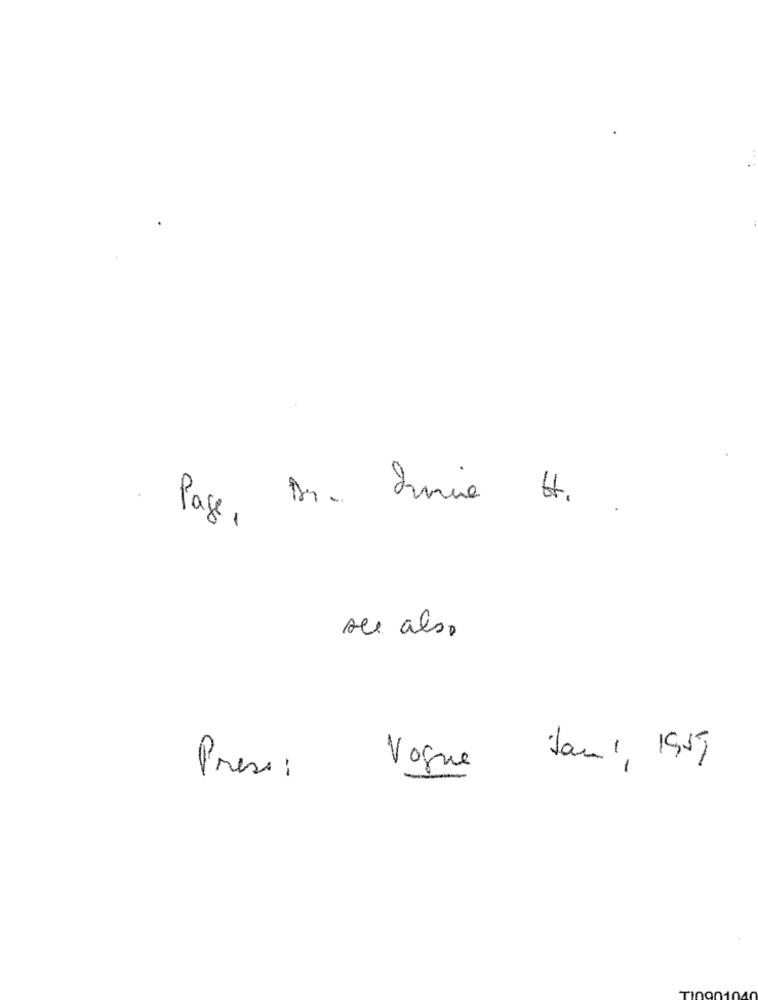
Page, Dr. Drie H.
see also
Jan 1, 1955
£
Vogne
Prese: